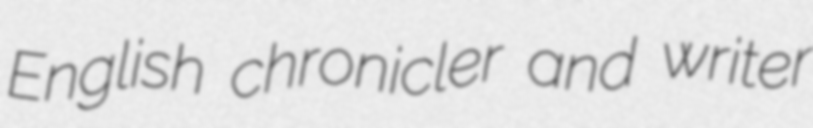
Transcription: English chronicler and writer